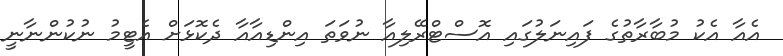
އެއާ އެކު މުބާރާތުގެ ފައިނަލުގައި އޮސްޓްރޭލިއާ ނުވަތަ އިންޑިއާއާ ދެކޮޅަށް އެޓީމު ނުކުންނާނީ